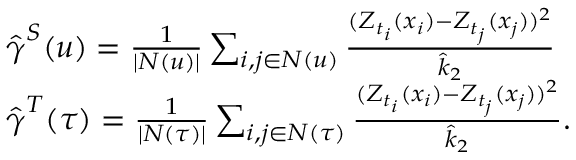
\begin{array} { r l } & { \boldsymbol { \hat { \gamma } } ^ { S } ( u ) = \frac { 1 } { | N ( u ) | } \sum _ { i , j \in N ( u ) } \frac { ( Z _ { t _ { i } } ( x _ { i } ) - Z _ { t _ { j } } ( x _ { j } ) ) ^ { 2 } } { \hat { k } _ { 2 } } } \\ & { \boldsymbol { \hat { \gamma } } ^ { T } ( \tau ) = \frac { 1 } { | N ( \tau ) | } \sum _ { i , j \in N ( \tau ) } \frac { ( Z _ { t _ { i } } ( x _ { i } ) - Z _ { t _ { j } } ( x _ { j } ) ) ^ { 2 } } { \hat { k } _ { 2 } } . } \end{array}